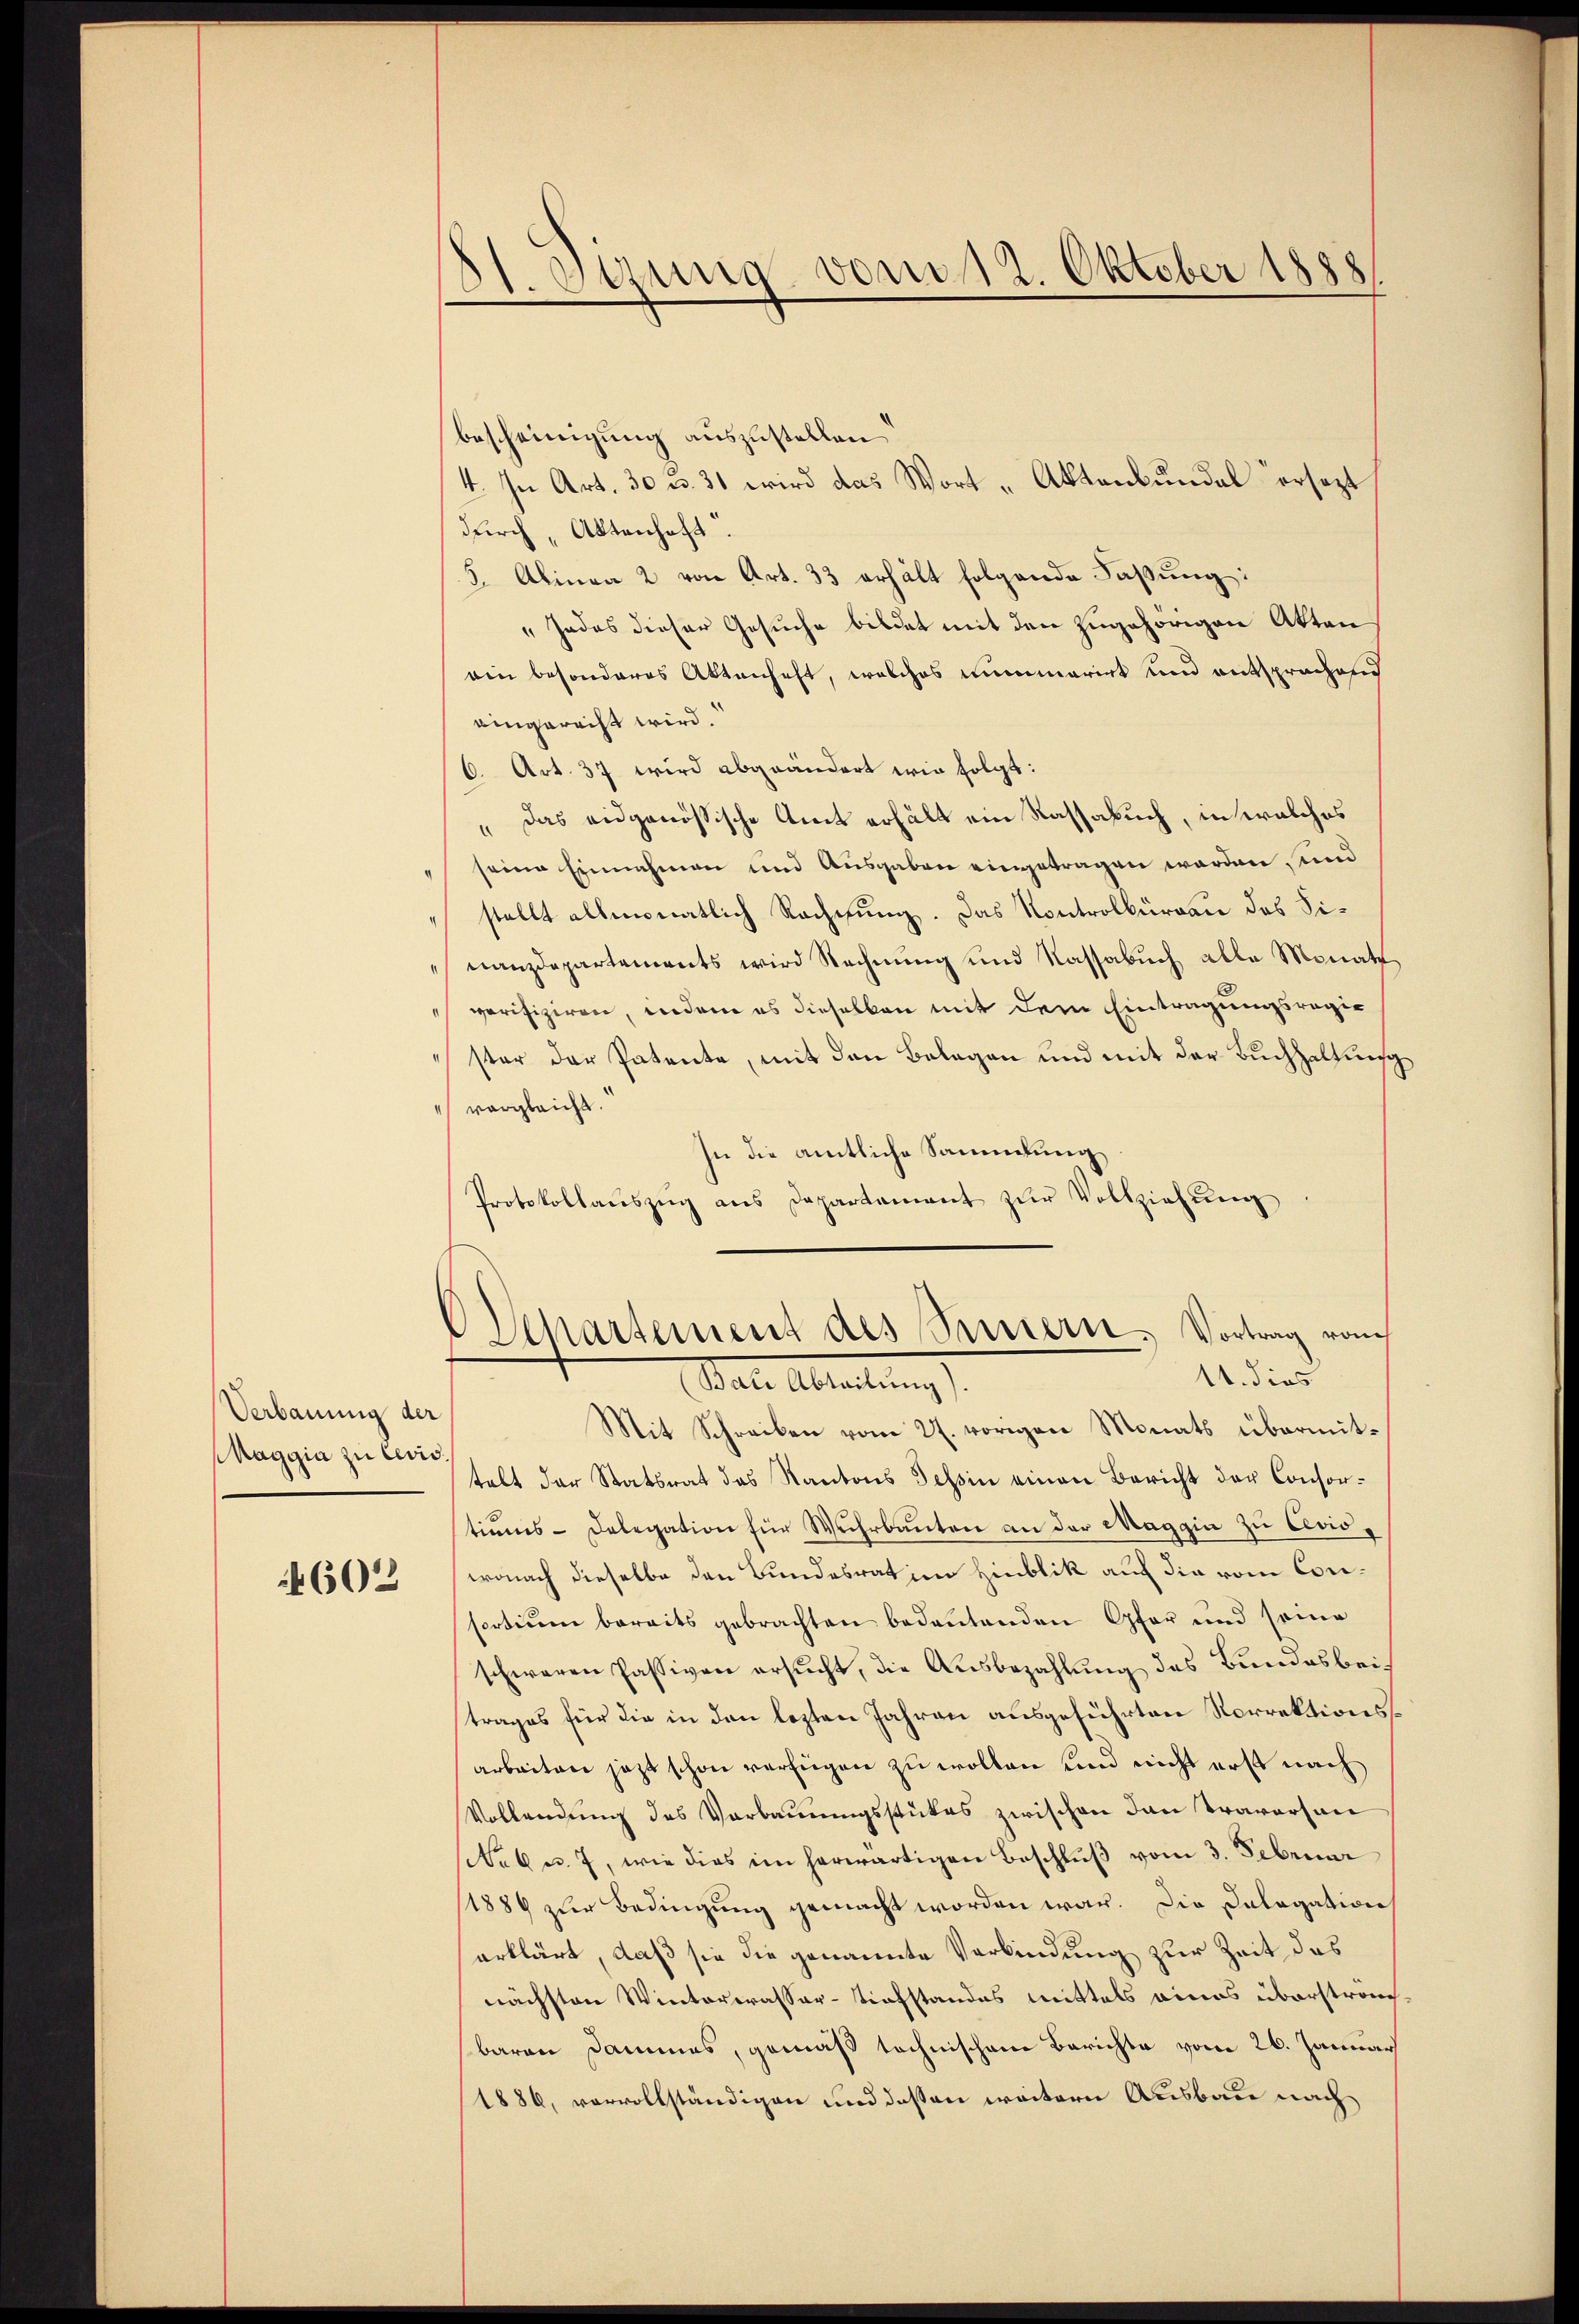
Verbauung der
Maggia zu Levis

4602

St. Sitzung vom 12. Oktober 1888

bescheinigung auszustellen
4. In Art. 30 u. 31 wird das Wort „Aktenkundal ersezt
durch, Aktenhaft
3. Alinea 2 von Art. 33 erhält folgende Faßung:
"Jades dieser Gesuche bildet mit den zugehörigen Akten
ain besonderes Aktenhaft, welches nummarirt und entsprochend
eingerecht wird.
6. Art. 37 wird abgeändert wir folgt:
das eidgenössische Amt erhält ein Rassabuch, in welches
seine Einnahmen und Ausgaben eingetragen werden, und
stellt allmonatlich Rachsung. Das Kontrolbureau das Sinanzdepartements wird Rechnung und Kassabuch alle Monats
verifiziren, indem es dieselben mit dem Eintragungsregie
ster der Patente, mit den Belagen und mit der Buchhaltung
" vergleicht.
In die amtliche Sammlung
Protokollaŭszŭg ans Departament zŭr Vollziehŭng
Departement des Petern, Vortrag von
11. dies
Bat. Alleitung
Mit Schreiben vom 27. vorigen Monats übermittelt der Statsrat des Kantons Tessin einen Bericht der Consortions-Delegation für Wuhrbauten an der Maggia zu Ceviowonach dieselbe den Bundesrat im Hinblik auf die vom Consortium bereits gebrachten bedeutenden Gfer und seine
schweren Passiven ersucht, die Ausbezahlung des Bundesbeitrages für die in den lezten Jahren ausgeführten Norrektionsarbeiten jezt schon verfügen zu wollen und nicht erst nach
Vollendung des Verbauungsstückes zwischen den Traversan
Nab u. 7, wie dies im herwärtigen Beschlŭβ vom 3. Februar
1889 zur Bedingung gemacht worden war. Die Calogation
erklärt, daß sie die genannte Verbindung zur Zeit das
nächsten Winterwassertiefstandes Mittels eines überstransbaren Dammes, gemäß technischen Berichte vom 26. Januar
1886, vervollständigen und dessen weitern Ausbau nach